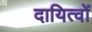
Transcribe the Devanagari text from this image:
दायित्‍वों